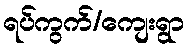
ရပ်ကွက်/ကျေးရွာ